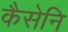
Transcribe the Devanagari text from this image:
कैसेनि